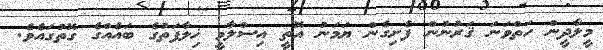
މީލާދީން ހަތްވަނަ ޤަރުނުން ފެށިގެން ޔަމަނު އޮތީ އިސްލާމީ ޚިލާފަތުގެ ބައެއްގެ ގޮތުގައެވެ.